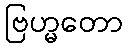
ဗြဟ္မတော